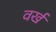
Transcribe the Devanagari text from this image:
वर्ख